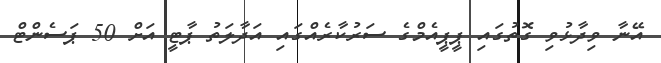
އޭނާ ވިދާޅުވި ގޮތުގައި ޕީޕީއެމްގެ ސަރުކާރެއްގައި އަދާލަތު ޕާޓީ އަށް 50 ޕަސެންޓް